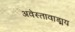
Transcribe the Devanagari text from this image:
अवेस्तावाड्मय